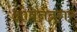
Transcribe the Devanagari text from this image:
ओवेनब्रगर